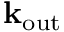
\mathbf { k _ { \mathrm { o u t } } }